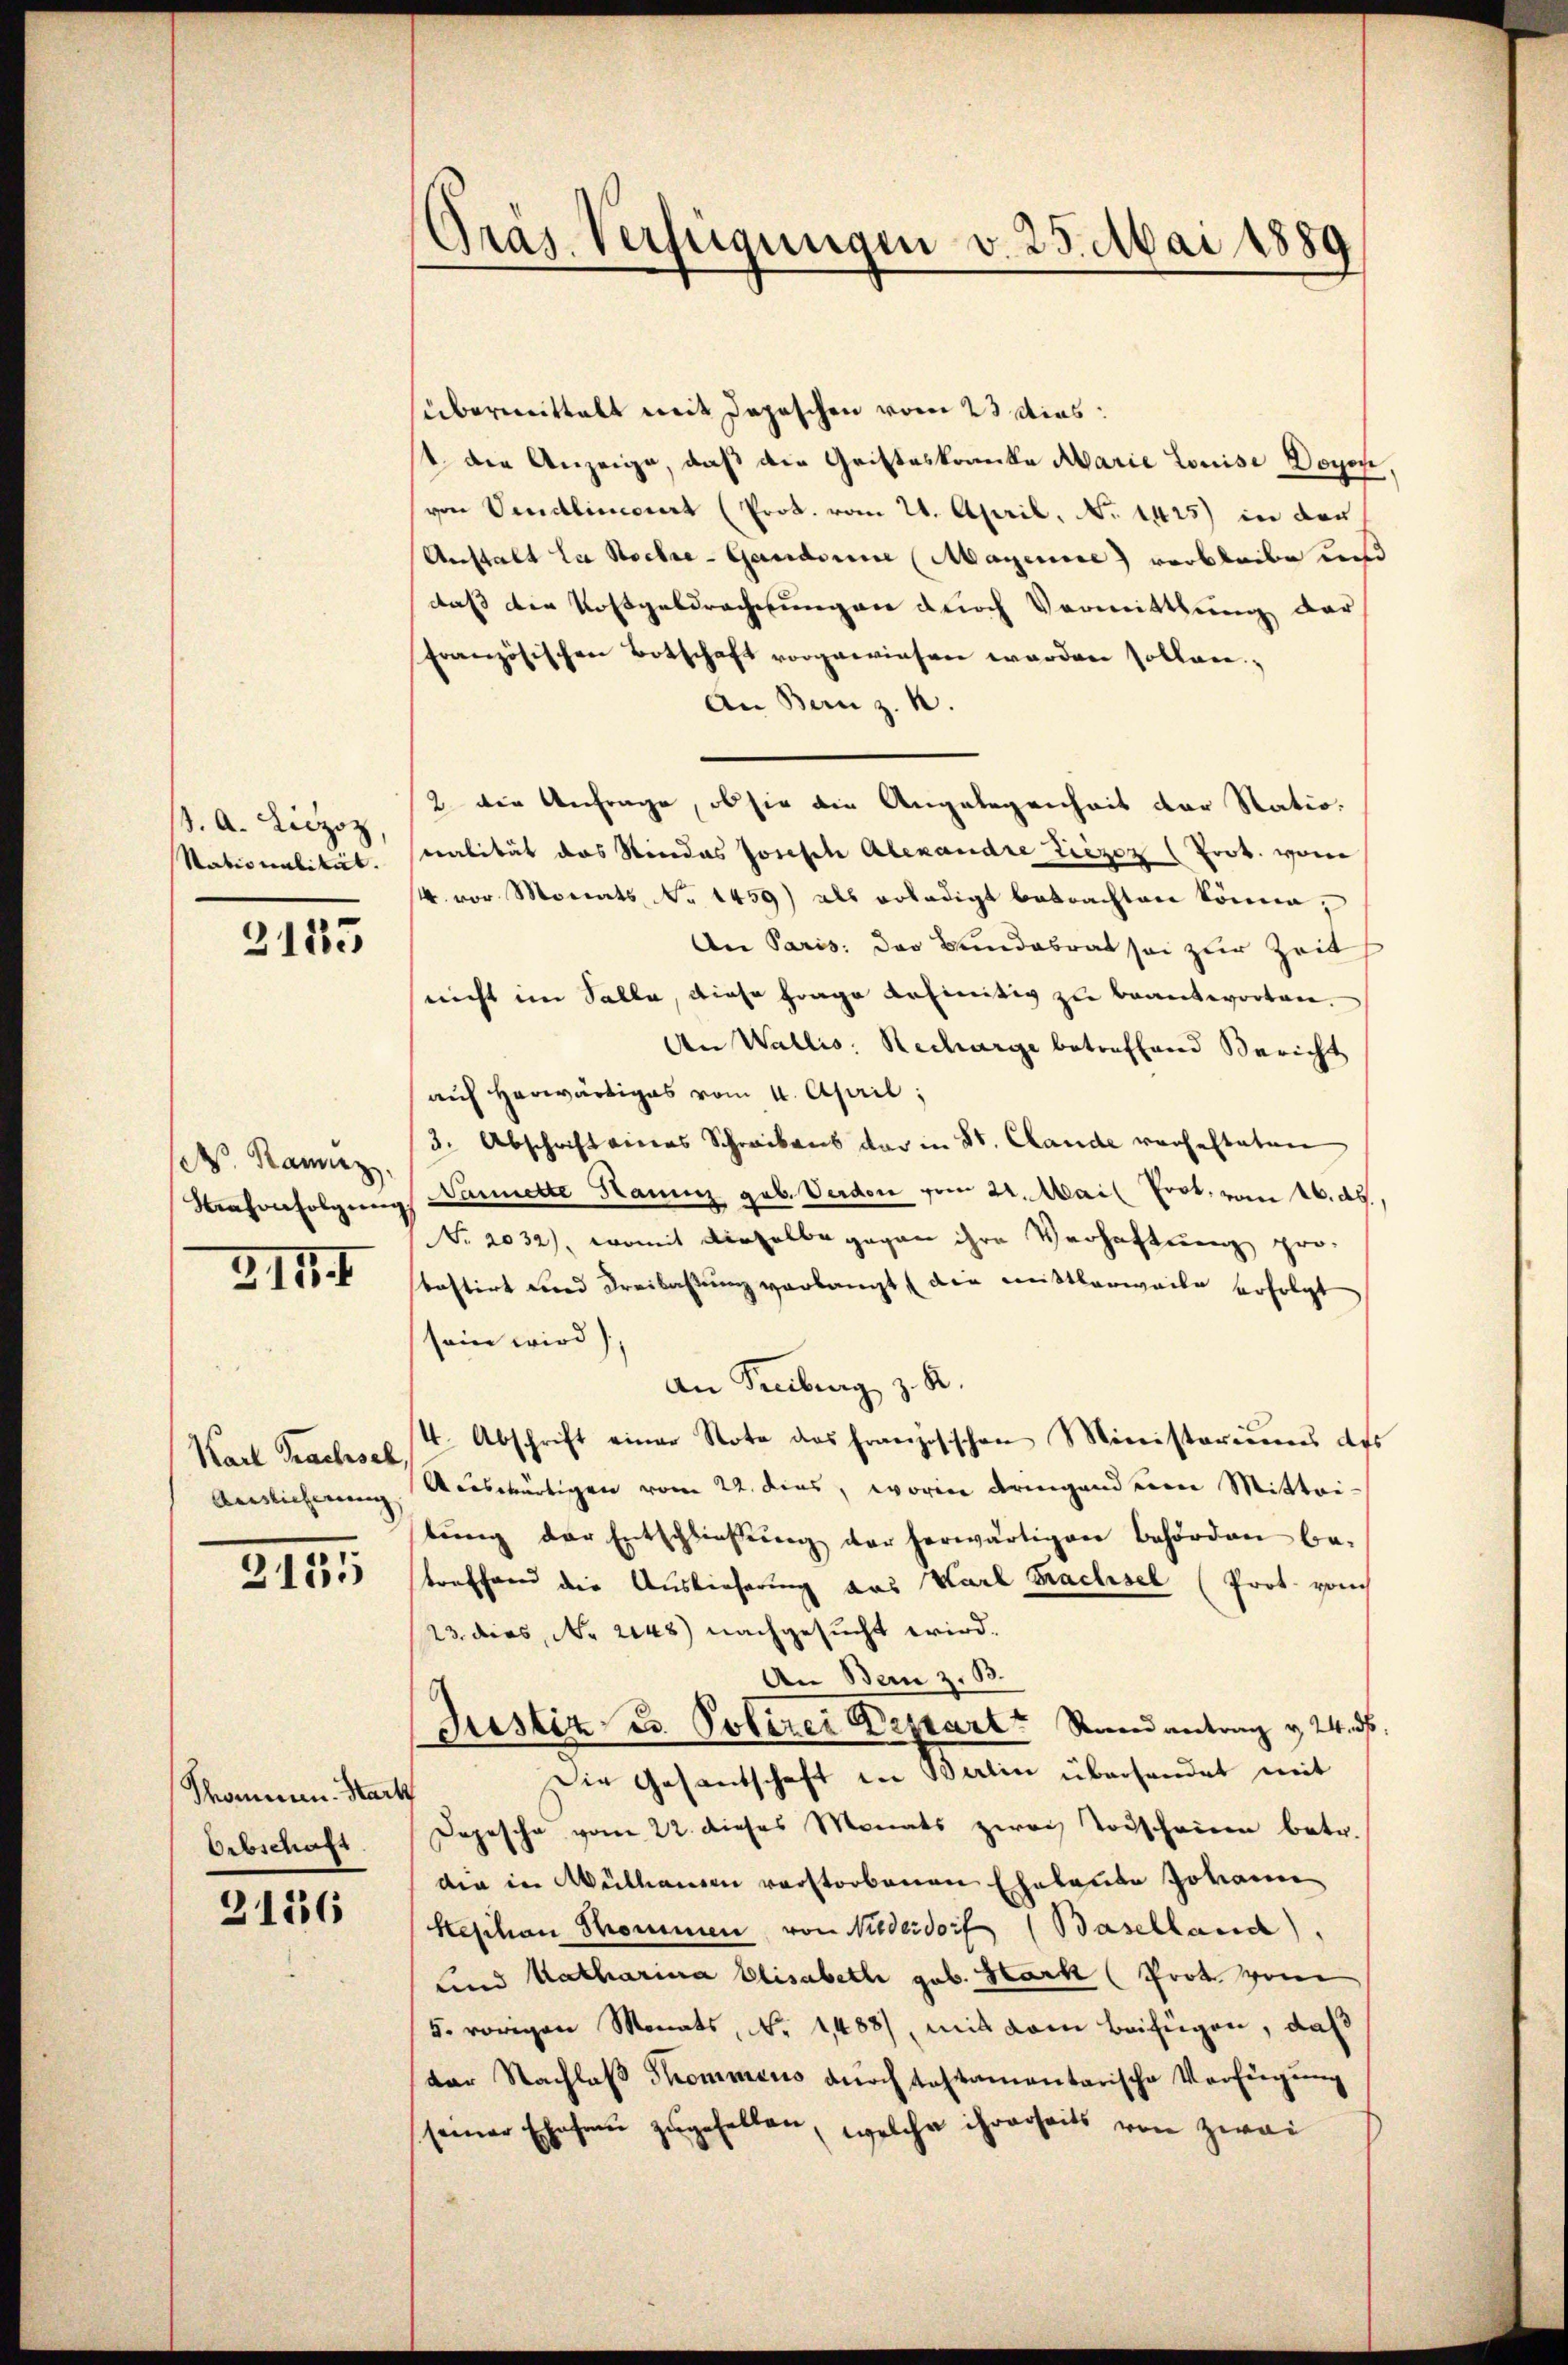
. A. Liezoz
Stationalität.

3125

N. Kanz
Kahonfolgung
3154

Karl Trachsel
Auslicherung |

2135

Thommen. Hart
Erbschaft

2136

Gras Verfügungen v. 25. Mai 1889

übermittelt mit Depeschen vom 23 dies:
st die Anzeige, daß die Gristeskranke Marie Louise Doyen,
von Vendliniert (Prok. vom 21. April, No 1425) in der
Anstalt la Stocke - Gandonne (Magenie) verbleibe und
daß die Kostgeldracherungen durch Vermittlung der
Französischen Botschaft vorgewiesen werden sollen.
An Bern z. B.
2 die Anfrage, ob sie die Angelegenheit der Statio
tralität das Niedes Joseph Alexandre Liezez (Trob. von
4. vor Monats No 1459) als erledigt betrachten könne;
An Paris. Das Bundesrat sei zur Zeit
nicht im Solle, diese Frage definitiv zu beantworten.
An Wallis. Recharge betreffend Bericht
auf herwärtiges vom 4. April;
3. Abschrift eines Schreibens der in St. Claude vorhestaten
Ganette Haunz geb. Verden vom 22. Mail Prot. vom 16. ds.,
No. 2032), womit dieselbe gegen ihre Verhaftung pro-
bastirt wird Freilassung verlangt die mittlerweile erfolgt
sein wird.
An Freiburg z. B.
tt. Abschrift einer Note des Französischen Ministeriums des
Adeswärtigen vom 22. dies, worin dringend eine Mittei
lŭng der Entschließung der herwärtigen Behörden be-
treffend die Auslieferung das Karl Bachsel (Prot. von
23. dies No 2148) nachgesucht wird.
An Bern z. B.
Justiz u. Polirer Depart Stand antrag v. 24. ds.
Die Gesantschaft in Berlin überhandet mit
Depesche vom 22. dieses Monats zwei Todscheine betr.
den in Mülhausen verstorbenen Eheleute Johanne
keschan Sommen von Niederdorf (Baselland),
und Katharina Elisabeth geb. Hark (Prot. vom
5. vorigen Monats, No. 1488), mit dem Beifügen, daß
der Nachlaß Thommens durch testamentarische Verfügung
seiner Ehesen zugefellen, welche ihrerseits von zwai